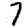
Digit: 7